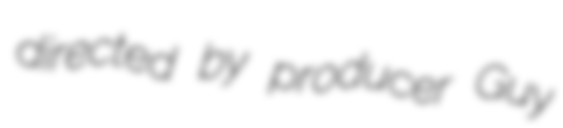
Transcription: directed by producer Guy